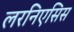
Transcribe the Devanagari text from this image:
लरनिएसिस